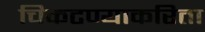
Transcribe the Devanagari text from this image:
चिकटण्याकरिता